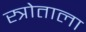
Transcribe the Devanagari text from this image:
स्त्रोताला